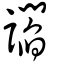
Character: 讇